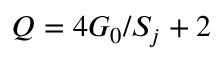
Q = 4 G _ { 0 } / S _ { j } + 2